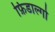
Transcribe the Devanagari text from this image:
फ़िडाल्गो